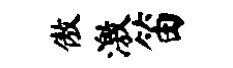
傲激笛